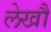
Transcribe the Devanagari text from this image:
लेखौं